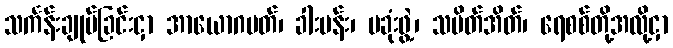
သင်္ကန်းချုပ်ခြင်းငှာ အာယောဂပတ်၊ ခါးပန်း၊ ပခုံးဖွဲ့၊ သပိတ်အိတ်၊ ရေစစ်တို့အလို့ငှာ